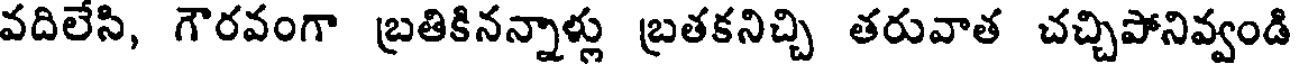
వదిలేసి, గౌరవంగా బ్రతికినన్నాళ్లు బ్రతకనిచ్చి తరువాత చచ్చిపోనివ్వండి